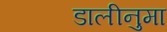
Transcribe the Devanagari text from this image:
डालीनुमा